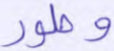
وطور